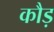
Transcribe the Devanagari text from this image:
कौड़